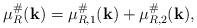
LaTeX: \begin{align*}\mu^\#_R({\bf k}) = \mu^\#_{R,1}({\bf k}) + \mu^\#_{R,2}({\bf k}), \end{align*}